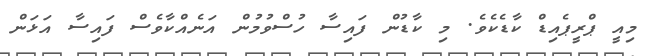
މިއީ ޕްރީޕެއިޑް ކާޑެކެވެ. މި ކާޑުން ފައިސާ ހުސްވުމުން އަނެއްކާވެސް ފައިސާ އަޅަން